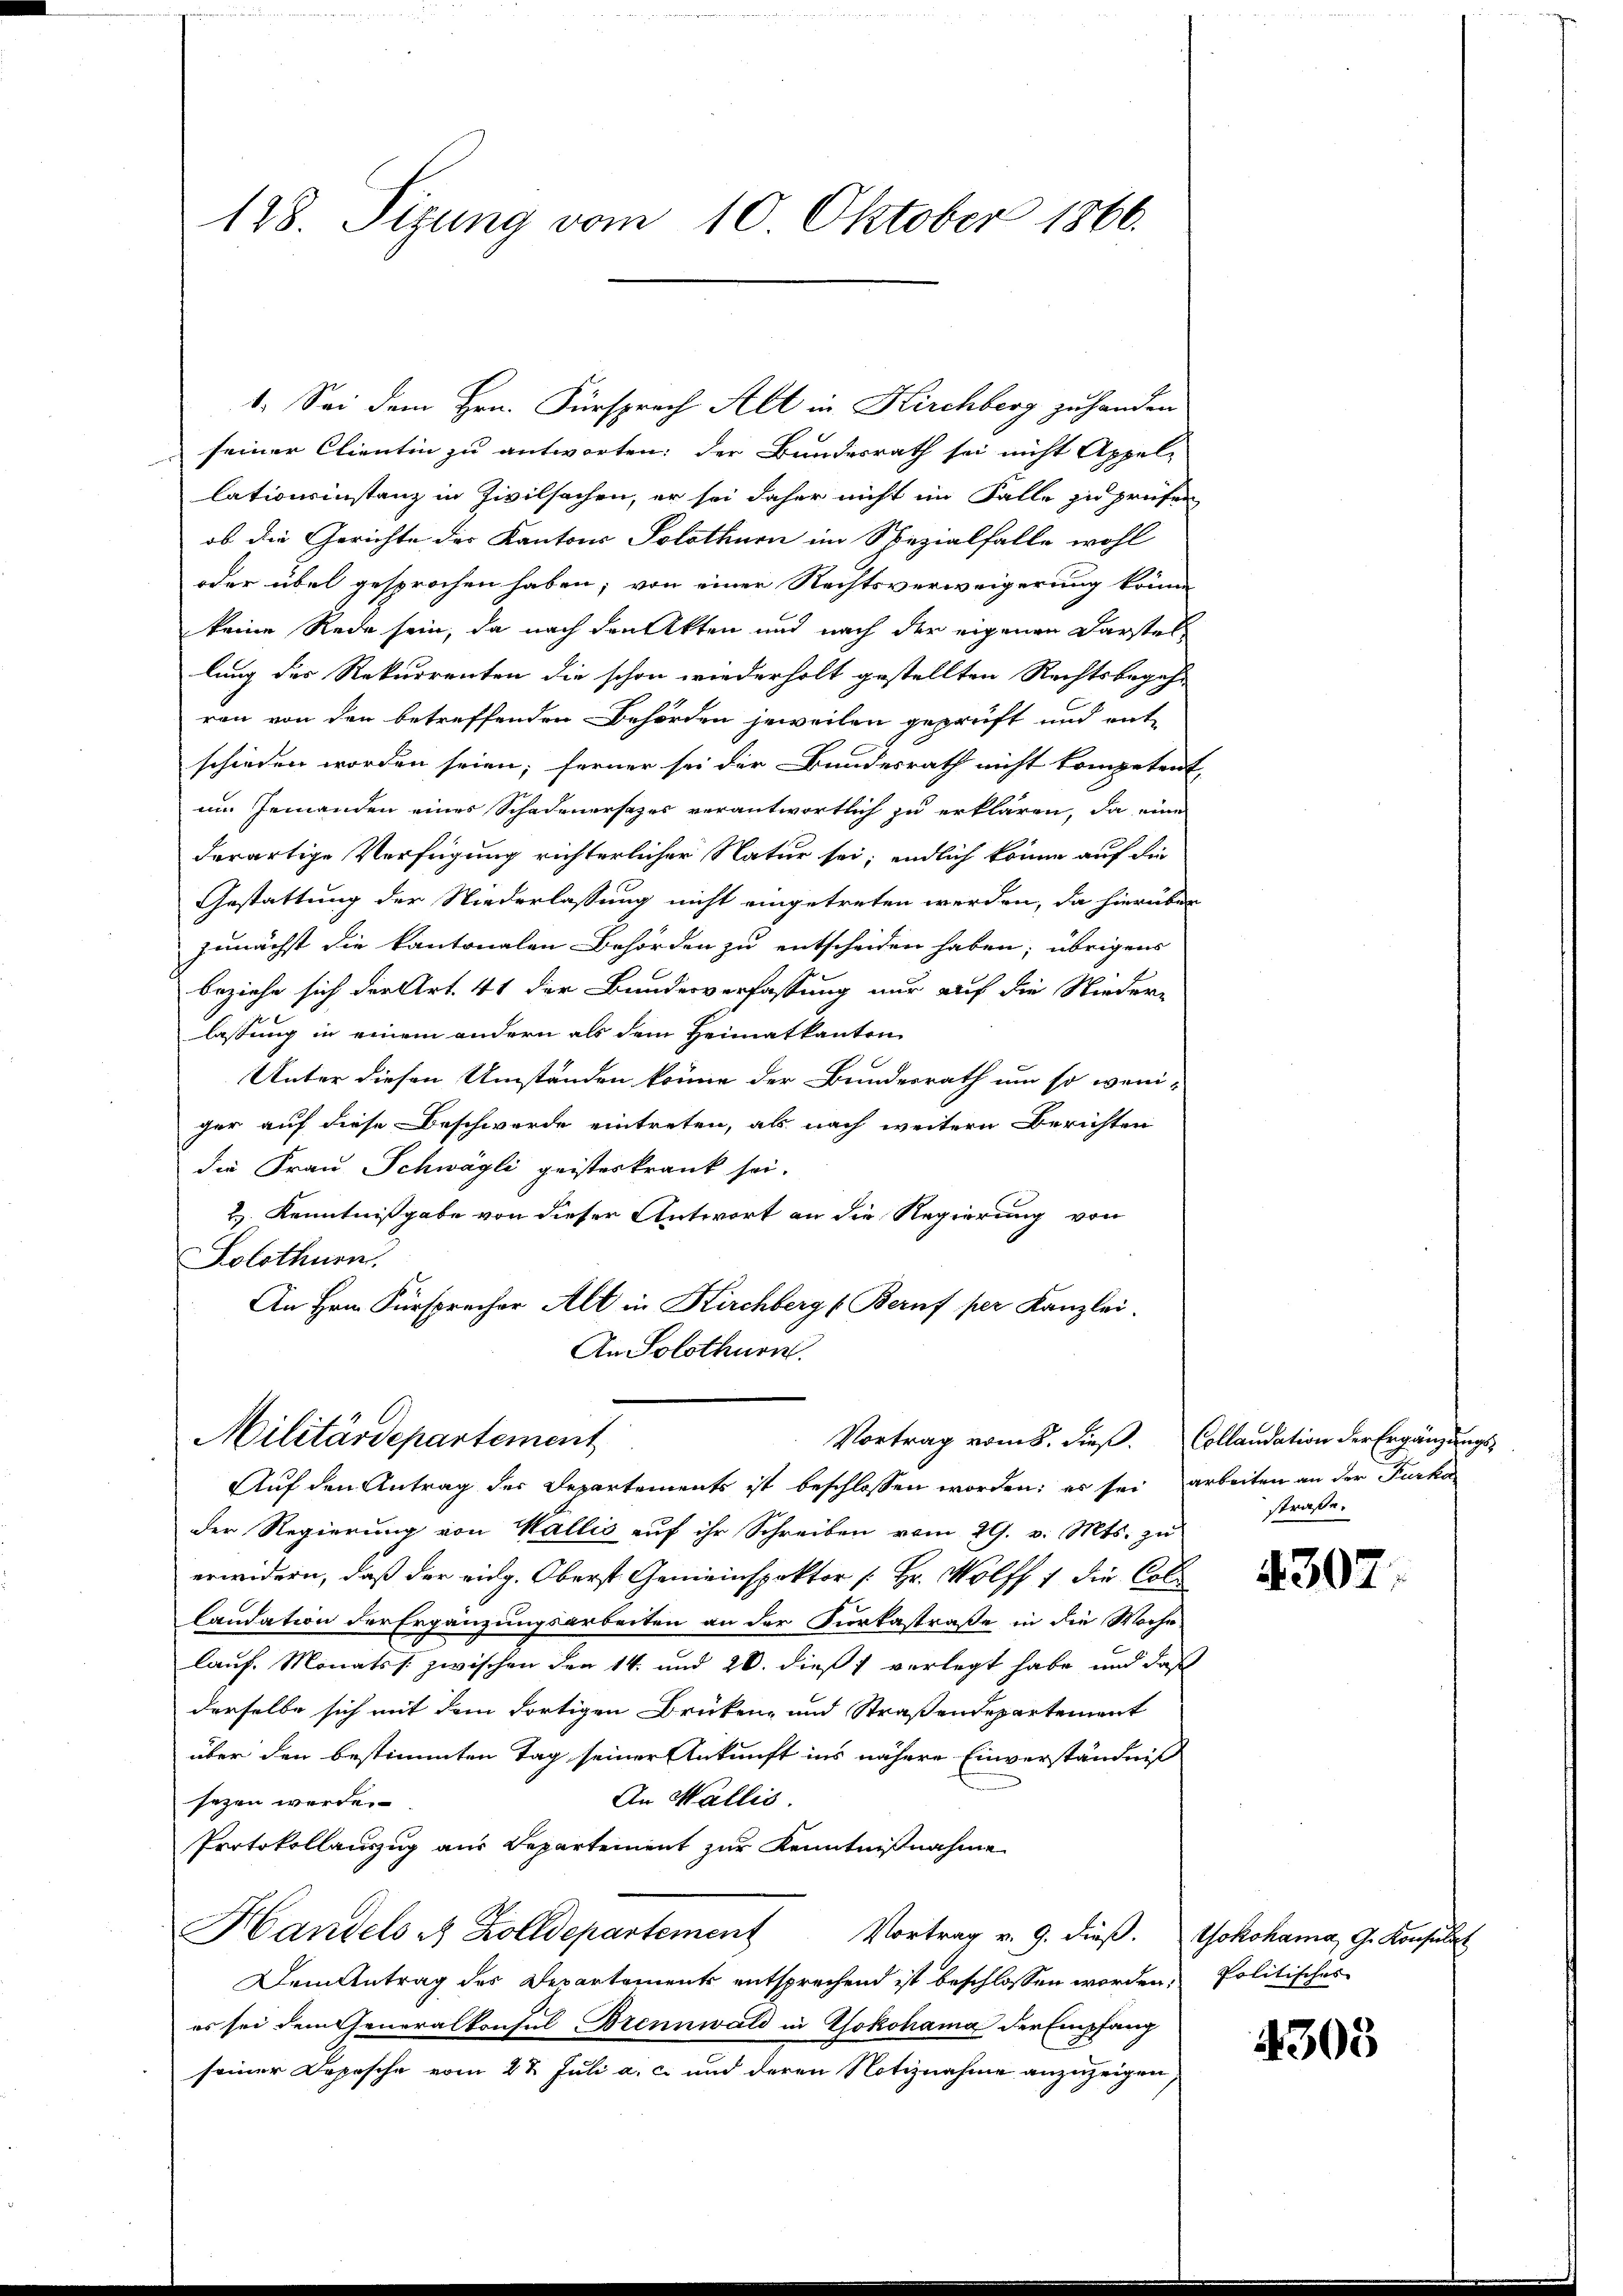
128. Sizung vom 10. Oktober 1866.

seiner Clientin zu antworten; der Bundesrath sei nicht Appel-
lationsinstanz in Zivilsachen, er sei daher nicht im Falle zu prüfen
ob die Gerichte der Kantons Solothurn im Spezialfalle wohl
oder übel gesprochen haben; von einer Rechtsverweigerung könne
keine Rede sein, da nach den Akten und nach der eigenen Darstel
lung des Rekurrenten die schon wiederholt gestellten Rechtsbegeh-
ren von den betreffenden Behörden jeweilen geprüft und ent-
schieden worden seien; ferner sei der Bundesrath nicht kompetent,
um jemanden eines Schadenersezes verantwortlich zu erklären, da eine
derartige Verfügung richterlicher Natur sei; endlich könne auf die
Gestattung der Niederlassung nicht eingetreten werden, da hierüber
zunächst die kantonalen Behörden zu entscheiden haben; übrigens
beziehe sich der Art. 41 der Bundesverfassung nur auf die Nieder-
lassung in einem andern als dem Heimatkanton
Unter diesen Umständen könne der Bundesrath um so weni-
ger auf diese Beschwerde eintreten, als nach weitern Berichten
die Frau Schwägli geisteskrank sei.
H. Kenntnißgabe von dieser Antwort an die Regierung von
Solothurn.
An Hrn. Fürsprecher Alt in Kirchberg (Beruf per Kanzlei.
An Solothurn.
Militärdepartement
Vortrag vom 8. dieß. Collandation der Ergänzungs¬
Auf den Antrag des Departements ist beschlossen worden; es sei arbeiten an der Furka
der Regierung von Wallis auf ihr Schreiben vom 29. v. Mts. zu
erwidern, daß der eidg. Oberst Gemeinspektor / Hr. Wolff 7 die Col¬
Landation der Ergänzungsarbeiten an der Furkastraße in die Woche
lauf Monats s. zwischen den 14. und 20. dieß verlegt habe, und daß
derselbe sich mit dem dortigen Brüken- und Straßendepartement
über den bestimmten Tag seiner Ankunft ins nähere Einverständniß
An Wallis.
sezen werde.
Protokollauszug aus Departement zur Kenntnißnahme
Handels es Zolldepartement Vortrag v. 9. dieβ. Yokohama, G. Konsulat
Dem Antrag des Departements entsprechend ist beschlossen worden, Politisches
es sei dem Generalkonsul Brennwald in Yokohama der Empfang
seiner Depesche vom 22 Juli a. c. und deren Notiznahme anzuzeigen,

1. Sei dem Hrn. Fürsprach Alt in Kirchberg zu handen

straße.

4307.

4303